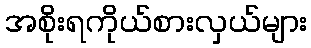
အစိုးရကိုယ်စားလှယ်များ